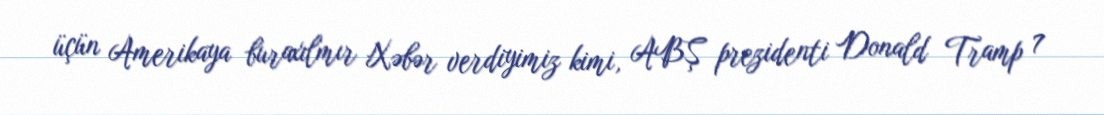
üçün Amerikaya buraxılmır Xəbər verdiyimiz kimi, ABŞ prezidenti Donald Tramp 7